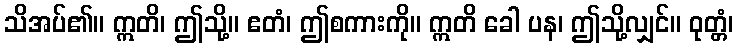
သိအပ်၏။ ဣတိ၊ ဤသို့။ ဧတံ၊ ဤစကားကို။ ဣတိ ခေါ ပန၊ ဤသို့လျှင်။ ဝုတ္တံ၊